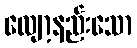
လျော့နည်းသော